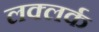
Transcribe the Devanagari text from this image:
लक्लर्क